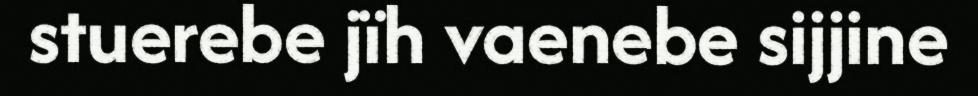
stuerebe jïh vaenebe sijjine